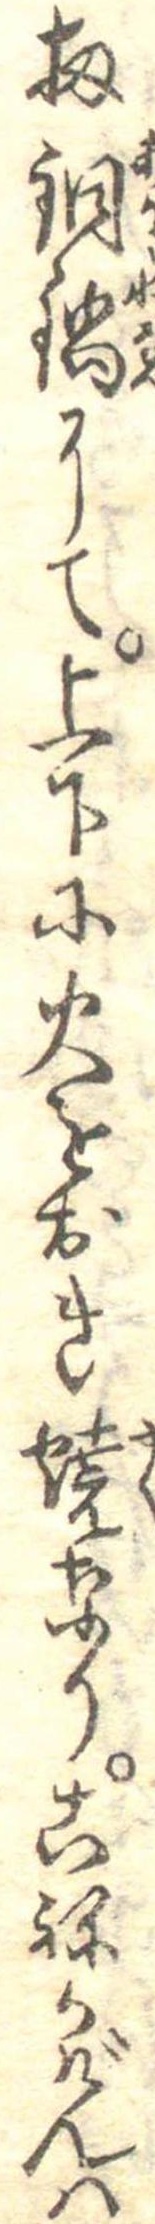
扨銅鍋にて上下に火をおき焼なりこねかげんは